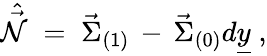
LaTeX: \hat{\vec{\cal N}}\; =\; \vec{\Sigma}_{(1)}\, -\, \vec{\Sigma}_{(0)}d\underline{{{y}}}\; ,